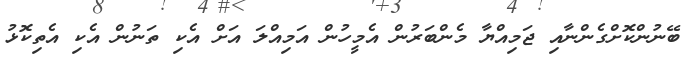
ބޭނުންކޮށްގެންނާއި ޖަމިއްޔާ މެންބަރުން އެމީހުން އަމިއްލަ އަށް އެކި ތަނުން އެކި އެތިކޮޅު